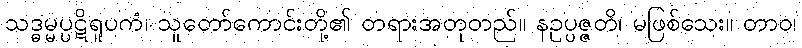
သဒ္ဓမ္မပ္ပဋိရူပကံ၊ သူတော်ကောင်းတို့၏ တရားအတုတည်။ နဥပ္ပဇ္ဇတိ၊ မဖြစ်သေး။ တာဝ၊